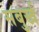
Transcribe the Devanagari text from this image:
सबुर्ख